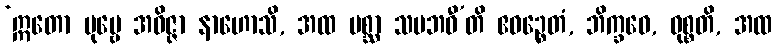
‘ဣတော ပုဗ္ဗေ အဝိဇ္ဇာ နာဟောသိ, အထ ပစ္ဆာ သမဘဝီ’တိ ဧဝဉ္စေတံ, ဘိက္ခဝေ, ဝုစ္စတိ, အထ